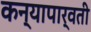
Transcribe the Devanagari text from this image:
कन्यापार्वती